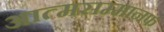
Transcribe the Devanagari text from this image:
आत्मसम्मानफ़